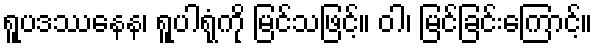
ရူပဒဿနေန၊ ရူပါရုံကို မြင်သဖြင့်။ ဝါ၊ မြင်ခြင်းကြောင့်။